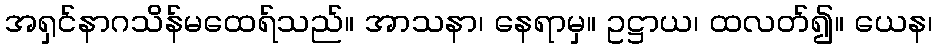
အရှင်နာဂသိန်မထေရ်သည်။ အာသနာ၊ နေရာမှ။ ဥဋ္ဌာယ၊ ထလတ်၍။ ယေန၊